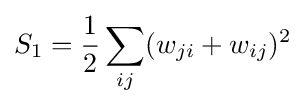
S_{1}={\frac {1}{2}}\sum _{ij}(w_{ji}+w_{ij})^{2}